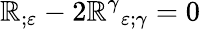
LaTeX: \mathbb{R}_{;\varepsilon}-2{\mathbb{R}^{\gamma}}_{\varepsilon;\gamma}=0